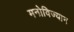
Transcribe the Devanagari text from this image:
मनोविज्यान